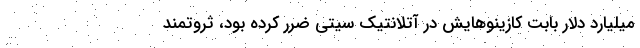
میلیارد دلار بابت کازینوهایش در آتلانتیک سیتی ضرر کرده بود، ثروتمند